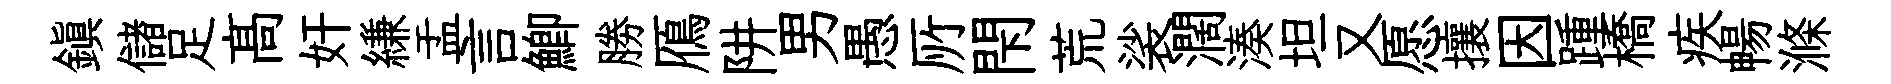
鎮儲足髙奸縑盂言鯽勝鴈阱男愚𠩄閇荒裟濶湊坦又愿攘因踵橋疾暢滌